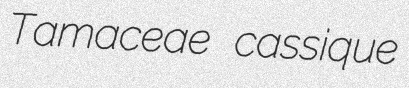
Tamaceae cassique